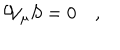
LaTeX: { \cal W } _ { \mu } S = 0 \quad ,